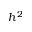
h ^ { 2 }